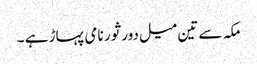
مکہ سے تین میل دور ثور نامی پہاڑ ہے ۔